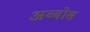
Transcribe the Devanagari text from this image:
अब्बोस